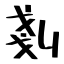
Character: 剗